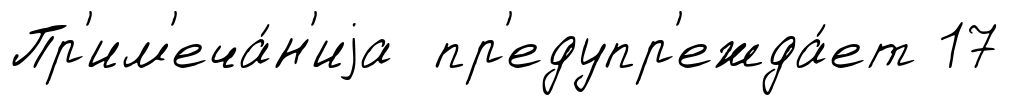
Пр'им'еча́н'иjа пр'едупр'ежда́ет 17